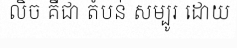
លិច គឺជា តំបន់ សម្បូរ ដោយ